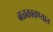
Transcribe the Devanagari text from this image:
बळकावण्यात